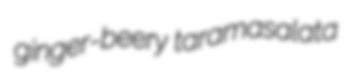
ginger-beery taramasalata